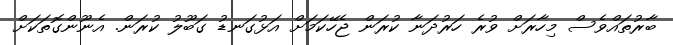
ބާރުތައްވެސް މިހާރަށް ވުރެ ހަރުދަނާ ކުރަން ޖެހޭކަމަށް އަޅުގަނޑު ގަބޫލު ކުރަން. އެނޫންގޮތަކަށް